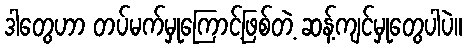
ဒါတွေဟာ တပ်မက်မှုကြောင့်ဖြစ်တဲ့ ဆန့်ကျင်မှုတွေပါပဲ။